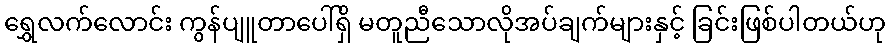
ရွှေလက်လောင်း ကွန်ပျူတာပေါ်ရှိ မတူညီသောလိုအပ်ချက်များနှင့် ခြင်းဖြစ်ပါတယ်ဟု